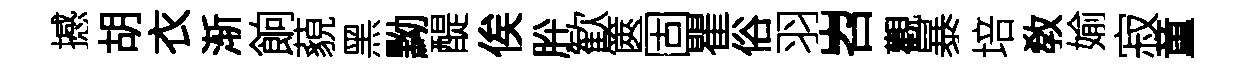
撼胡衣渐餉藐黑黝醍俟肸歓篋固瞿俗羽岧觀暴培敎媮寂童